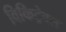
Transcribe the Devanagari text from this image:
विकिट्रेवल